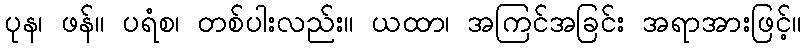
ပုန၊ ဖန်။ ပရံစ၊ တစ်ပါးလည်း။ ယထာ၊ အကြင်အခြင်း အရာအားဖြင့်။